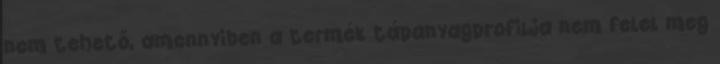
nem tehető, amennyiben a termék tápanyagprofilja nem felel meg